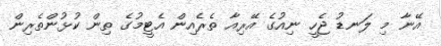
އޭނާ މި ލަނޑު ޖެހީ ނިއުގެ އޭރިއާ ތެރެއިން އެޓީމުގެ ތިން ކުޅުންތެރިން